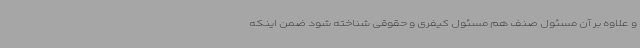
و علاوه بر آن مسئول صنف هم مسئول کیفری و حقوقی شناخته شود ضمن اینکه